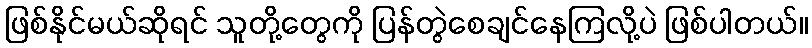
ဖြစ်နိုင်မယ်ဆိုရင် သူတို့တွေကို ပြန်တွဲစေချင်နေကြလို့ပဲ ဖြစ်ပါတယ်။